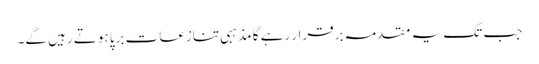
جب تک یہ مقدمہ برقرار رہے گا مذہبی تنازعات برپا ہوتے رہیں گے۔